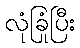
လုံခြုံပြီး